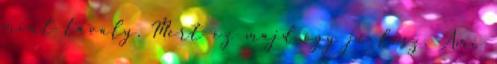
mint tavaly. Mert ez majd így jó lesz. Ami